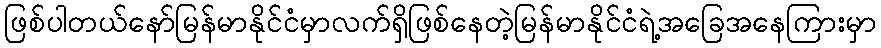
ဖြစ်ပါတယ်နော်မြန်မာနိုင်ငံမှာလက်ရှိဖြစ်နေတဲ့မြန်မာနိုင်ငံရဲ့အခြေအနေကြားမှာ